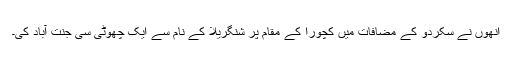
انھوں نے سکردو کے مضافات میں کچورا کے مقام پر شنگریلا کے نام سے ایک چھوٹی سی جنت آباد کی۔